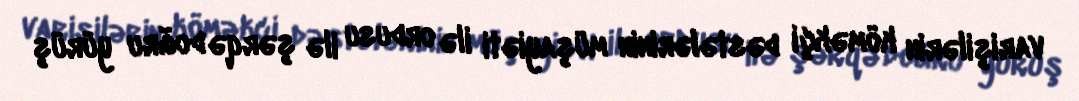
varişilərin köməkçi dəstələrinin müşayiəti ilə ordusu ilə şərqə doğru yürüş